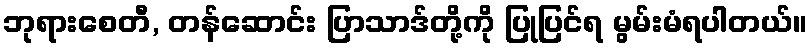
ဘုရားစေတီ, တန်ဆောင်း ပြာသာဒ်တို့ကို ပြုပြင်ရ မွမ်းမံရပါတယ်။